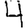
Digit: 4